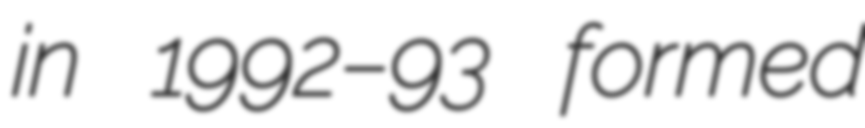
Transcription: in 1992–93 formed